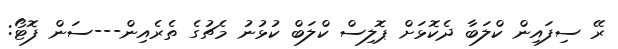
ރޭ ސިފައިން ކްލަބާ ދެކޮޅަށް ޕޮލިސް ކްލަބް ކުޅުނު މެޗުގެ ތެރެއިން---ސަން ފޮޓޯ: